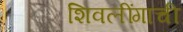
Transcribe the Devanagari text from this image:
शिवलींगाची